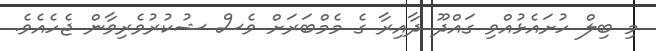
މި ބިލް ހުށައެޅުއްވި ގައްދޫ ދާއިރާ ގެ މެމްބަރަށް ވެސް ޝުކުރުވެރިވާން ޖެހެއެވެ.